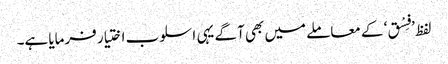
لفظ ’فِسْق‘ کے معاملے میں بھی آگے یہی اسلوب اختیار فرمایا ہے۔